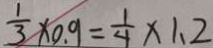
\frac { 1 } { 3 } \times 0 . 9 = \frac { 1 } { 4 } \times 1 . 2